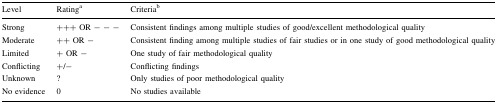
<table><thead><tr><td><b>Level</b></td><td><b>Rating<sup>a</sup></b></td><td><b>Criteria<sup>b</sup></b></td></tr></thead><tbody><tr><td>Strong</td><td>+++ OR − − −</td><td>Consistent findings among multiple studies of good/excellent methodological quality</td></tr><tr><td>Moderate</td><td>++ OR −</td><td>Consistent finding among multiple studies of fair studies or in one study of good methodological quality</td></tr><tr><td>Limited</td><td>+ OR −</td><td>One study of fair methodological quality</td></tr><tr><td>Conflicting</td><td>+/−</td><td>Conflicting findings</td></tr><tr><td>Unknown</td><td>?</td><td>Only studies of poor methodological quality</td></tr><tr><td>No evidence</td><td>0</td><td>No studies available</td></tr></tbody></table>